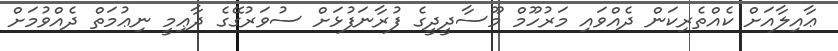
ޢާއިލާއަށް ކެއްތެރިކަން ދެއްވައި މަރުހޫމް މޫސާދީދީގެ ފުރާނަފުޅަށް ސުވަރުގޭގެ ދާޢިމީ ނިޢުމަތް ދެއްވުމަށް